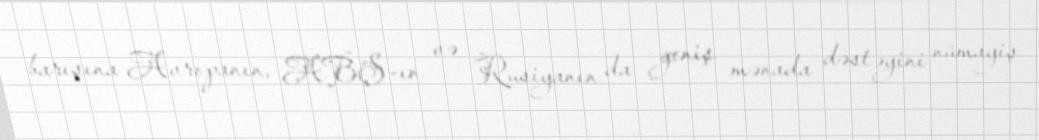
barışına Avropanın, ABŞ-ın və Rusiyanın da geniş mənada dəstəyini nümayiş